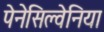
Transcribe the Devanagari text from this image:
पेनेसिल्वेनिया